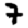
Digit: 7